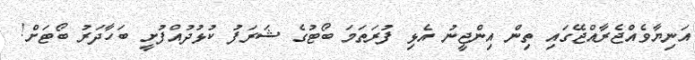
އަނިޔާވެއްޖެރާއްޖޭގައި ތިން އިންޖީނު އެޅި ފުރަތަމަ ބޯޓުގެ ޝަރަފު ކުޅުދުއްފުށީ ބަހާދަރު ބޯޓަށް!